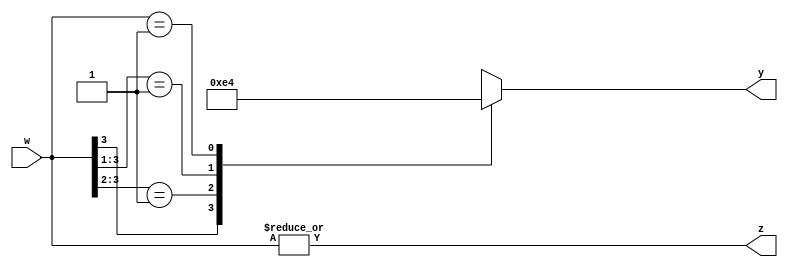
`timescale 1ns / 1ps
//////////////////////////////////////////////////////////////////////////////////
// Company: 
// Engineer: 
// 
// Design Name: 
// Module Name: priority_encoder_4x2
// Project Name: 
// Target Devices: 
// Tool Versions: 
// Description: 
// 
// Dependencies: 
// 
// Revision:
// Revision 0.01 - File Created
// Additional Comments:
// 
//////////////////////////////////////////////////////////////////////////////////


module priority_encoder_4x2(
    input [3:0] w,
    output z,
    output reg [1:0] y
    );
    
    assign z = |w; //takes all the OR's of W and assigns that value to Z
    //Ex: w1 | w2 | w3 = z is what the preceding line says pretty much
    
    //priority encoder = should probalby use a Priority Routing Network
    // (if-else Statements)
    always@(w)
    begin
//        y=2'bxx; //default values
        
//        //if w[3] is asserted the output is the following.
//        if(w[3])  //w[3] is the highest priority!
//            y = 2'b11;
//        else if (w[2])
//            y = 2'b10;
//        else if (w[0]) //least priority
//            y = 2'b00;
//        else
//            y = 2'bxx;
        
        //multiplexing network implementation
        casex(w)
            4'b1xxx: y = 2'b11;
            4'b01xx: y = 2'b10;
            4'b001x: y = 2'b01;
            4'b0001: y = 2'b00;
            default: y = 2'bxx; 
        endcase        
    end
          
    
endmodule